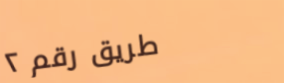
طريق رقم ٢